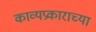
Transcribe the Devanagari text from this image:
काव्यप्रकाराच्या